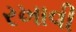
રખાવી